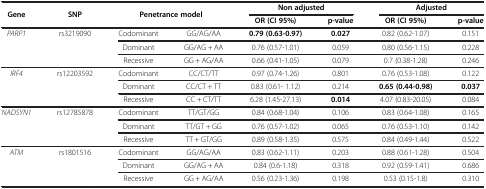
<table><thead><tr><td rowspan="2"><b>Gene</b></td><td rowspan="2"><b>SNP</b></td><td rowspan="2" colspan="2"><b>Penetrance model</b></td><td colspan="2"><b>Non adjusted</b></td><td colspan="2"><b>Adjusted</b></td></tr><tr><td><b>OR (CI 95%)</b></td><td><b>p-value</b></td><td><b>OR (CI 95%)</b></td><td><b>p-value</b></td></tr></thead><tbody><tr><td rowspan="3"><i>PARP1</i></td><td rowspan="3">rs3219090</td><td>Codominant</td><td>GG/AG/AA</td><td><b>0.79 (0.63-0.97)</b></td><td><b>0.027</b></td><td>0.82 (0.62-1.07)</td><td>0.151</td></tr><tr><td>Dominant</td><td>GG/AG + AA</td><td>0.76 (0.57-1.01)</td><td>0.059</td><td>0.80 (0.56-1.15)</td><td>0.228</td></tr><tr><td>Recessive</td><td>GG + AG/AA</td><td>0.66 (0.41-1.05)</td><td>0.079</td><td>0.7 (0.38-1.28)</td><td>0.246</td></tr><tr><td rowspan="3"><i>IRF4</i></td><td rowspan="3">rs12203592</td><td>Codominant</td><td>CC/CT/TT</td><td>0.97 (0.74-1.26)</td><td>0.801</td><td>0.76 (0.53-1.08)</td><td>0.122</td></tr><tr><td>Dominant</td><td>CC/CT + TT</td><td>0.83 (0.61- 1.12)</td><td>0.214</td><td><b>0.65 (0.44-0.98)</b></td><td><b>0.037</b></td></tr><tr><td>Recessive</td><td>CC + CT/TT</td><td>6.28 (1.45-27.13)</td><td><b>0.014</b></td><td>4.07 (0.83-20.05)</td><td>0.084</td></tr><tr><td rowspan="3"><i>NADSYN1</i></td><td rowspan="3">rs12785878</td><td>Codominant</td><td>TT/GT/GG</td><td>0.84 (0.68-1.04)</td><td>0.106</td><td>0.83 (0.64-1.08)</td><td>0.165</td></tr><tr><td>Dominant</td><td>TT/GT + GG</td><td>0.76 (0.57-1.02)</td><td>0.065</td><td>0.76 (0.53-1.10)</td><td>0.142</td></tr><tr><td>Recessive</td><td>TT + GT/GG</td><td>0.89 (0.58-1.35)</td><td>0.575</td><td>0.84 (0.49-1.44)</td><td>0.522</td></tr><tr><td rowspan="3"><i>ATM</i></td><td rowspan="3">rs1801516</td><td>Codominant</td><td>GG/AG/AA</td><td>0.83 (0.62-1.11)</td><td>0.203</td><td>0.88 (0.61-1.28)</td><td>0.504</td></tr><tr><td>Dominant</td><td>GG/AG + AA</td><td>0.84 (0.6-1.18)</td><td>0.318</td><td>0.92 (0.59-1.41)</td><td>0.686</td></tr><tr><td>Recessive</td><td>GG + AG/AA</td><td>0.56 (0.23-1.36)</td><td>0.198</td><td>0.53 (0.15-1.8)</td><td>0.310</td></tr></tbody></table>